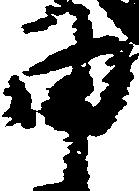
申